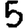
Digit: 5